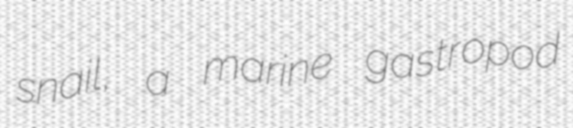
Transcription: snail, a marine gastropod